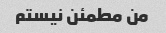
من مطمئن نیستم